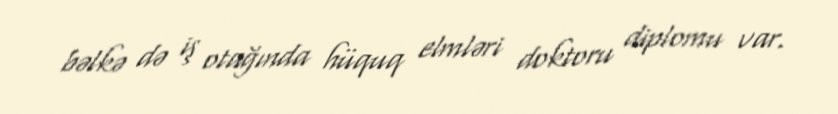
bəlkə də iş otağında hüquq elmləri doktoru diplomu var.